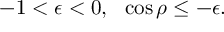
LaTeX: - 1 < \epsilon < 0 , \ \ \cos \rho \le - \epsilon .